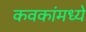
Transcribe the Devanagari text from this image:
कवकांमध्ये